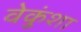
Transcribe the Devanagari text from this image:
वेकुंशा